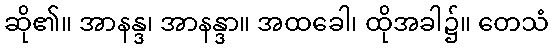
ဆို၏။ အာနန္ဒ၊ အာနန္ဒာ။ အထခေါ၊ ထိုအခါ၌။ တေသံ